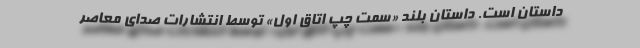
داستان است. داستان بلند «سمت چپ اتاق اول» توسط انتشارات صدای معاصر